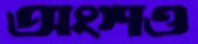
অংশও